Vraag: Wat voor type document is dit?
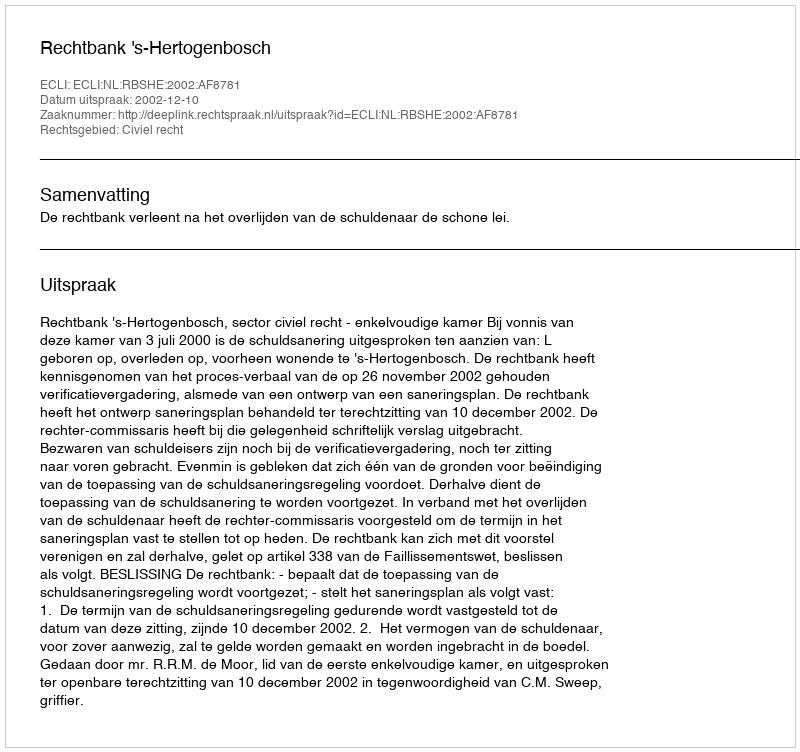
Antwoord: Uitspraak